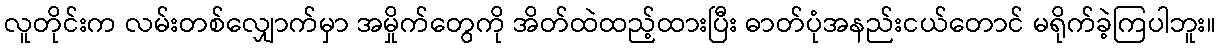
လူတိုင်းက လမ်းတစ်လျှောက်မှာ အမှိုက်တွေကို အိတ်ထဲထည့်ထားပြီး ဓာတ်ပုံအနည်းငယ်တောင် မရိုက်ခဲ့ကြပါဘူး။